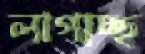
লাগাচ্ছ